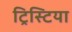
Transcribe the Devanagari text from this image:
ट्रिस्टिया